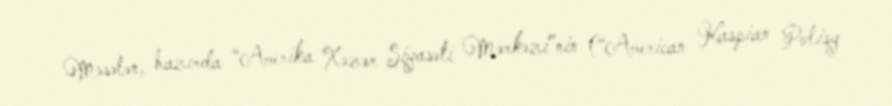
Məsələn, hazırda “Amerika Xəzər Siyasəti Mərkəzi”nin (“American Kaspian Polisy